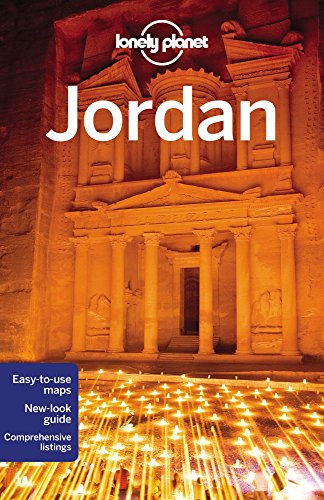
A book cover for Lonely Planet Jordan (Travel Guide); Lonely Planet; Travel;